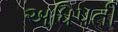
અધિપતી